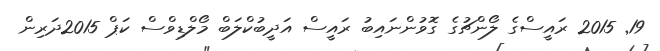
19